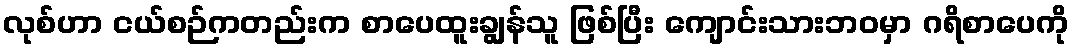
လုစ်ဟာ ငယ်စဉ်ကတည်းက စာပေထူးချွန်သူ ဖြစ်ပြီး ကျောင်းသားဘဝမှာ ဂရိစာပေကို